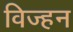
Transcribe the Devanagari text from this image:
विज्हन